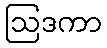
ဩဒကာ